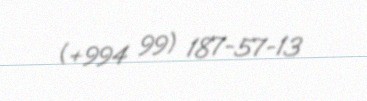
(+994 99) 187-57-13